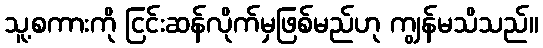
သူ့စကားကို ငြင်းဆန်လိုက်မှဖြစ်မည်ဟု ကျွန်မသိသည်။